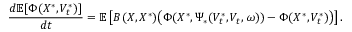
\frac { d \mathbb { E } [ \Phi ( X ^ { \ast } , V _ { t } ^ { \ast } ) ] } { d t } = \mathbb { E } \left[ B ( X , X ^ { \ast } ) \bigl ( \Phi ( X ^ { \ast } , \Psi _ { \ast } ( V _ { t } ^ { \ast } , V _ { t } , \omega ) ) - \Phi ( X ^ { \ast } , V _ { t } ^ { \ast } ) \bigr ) \right] .